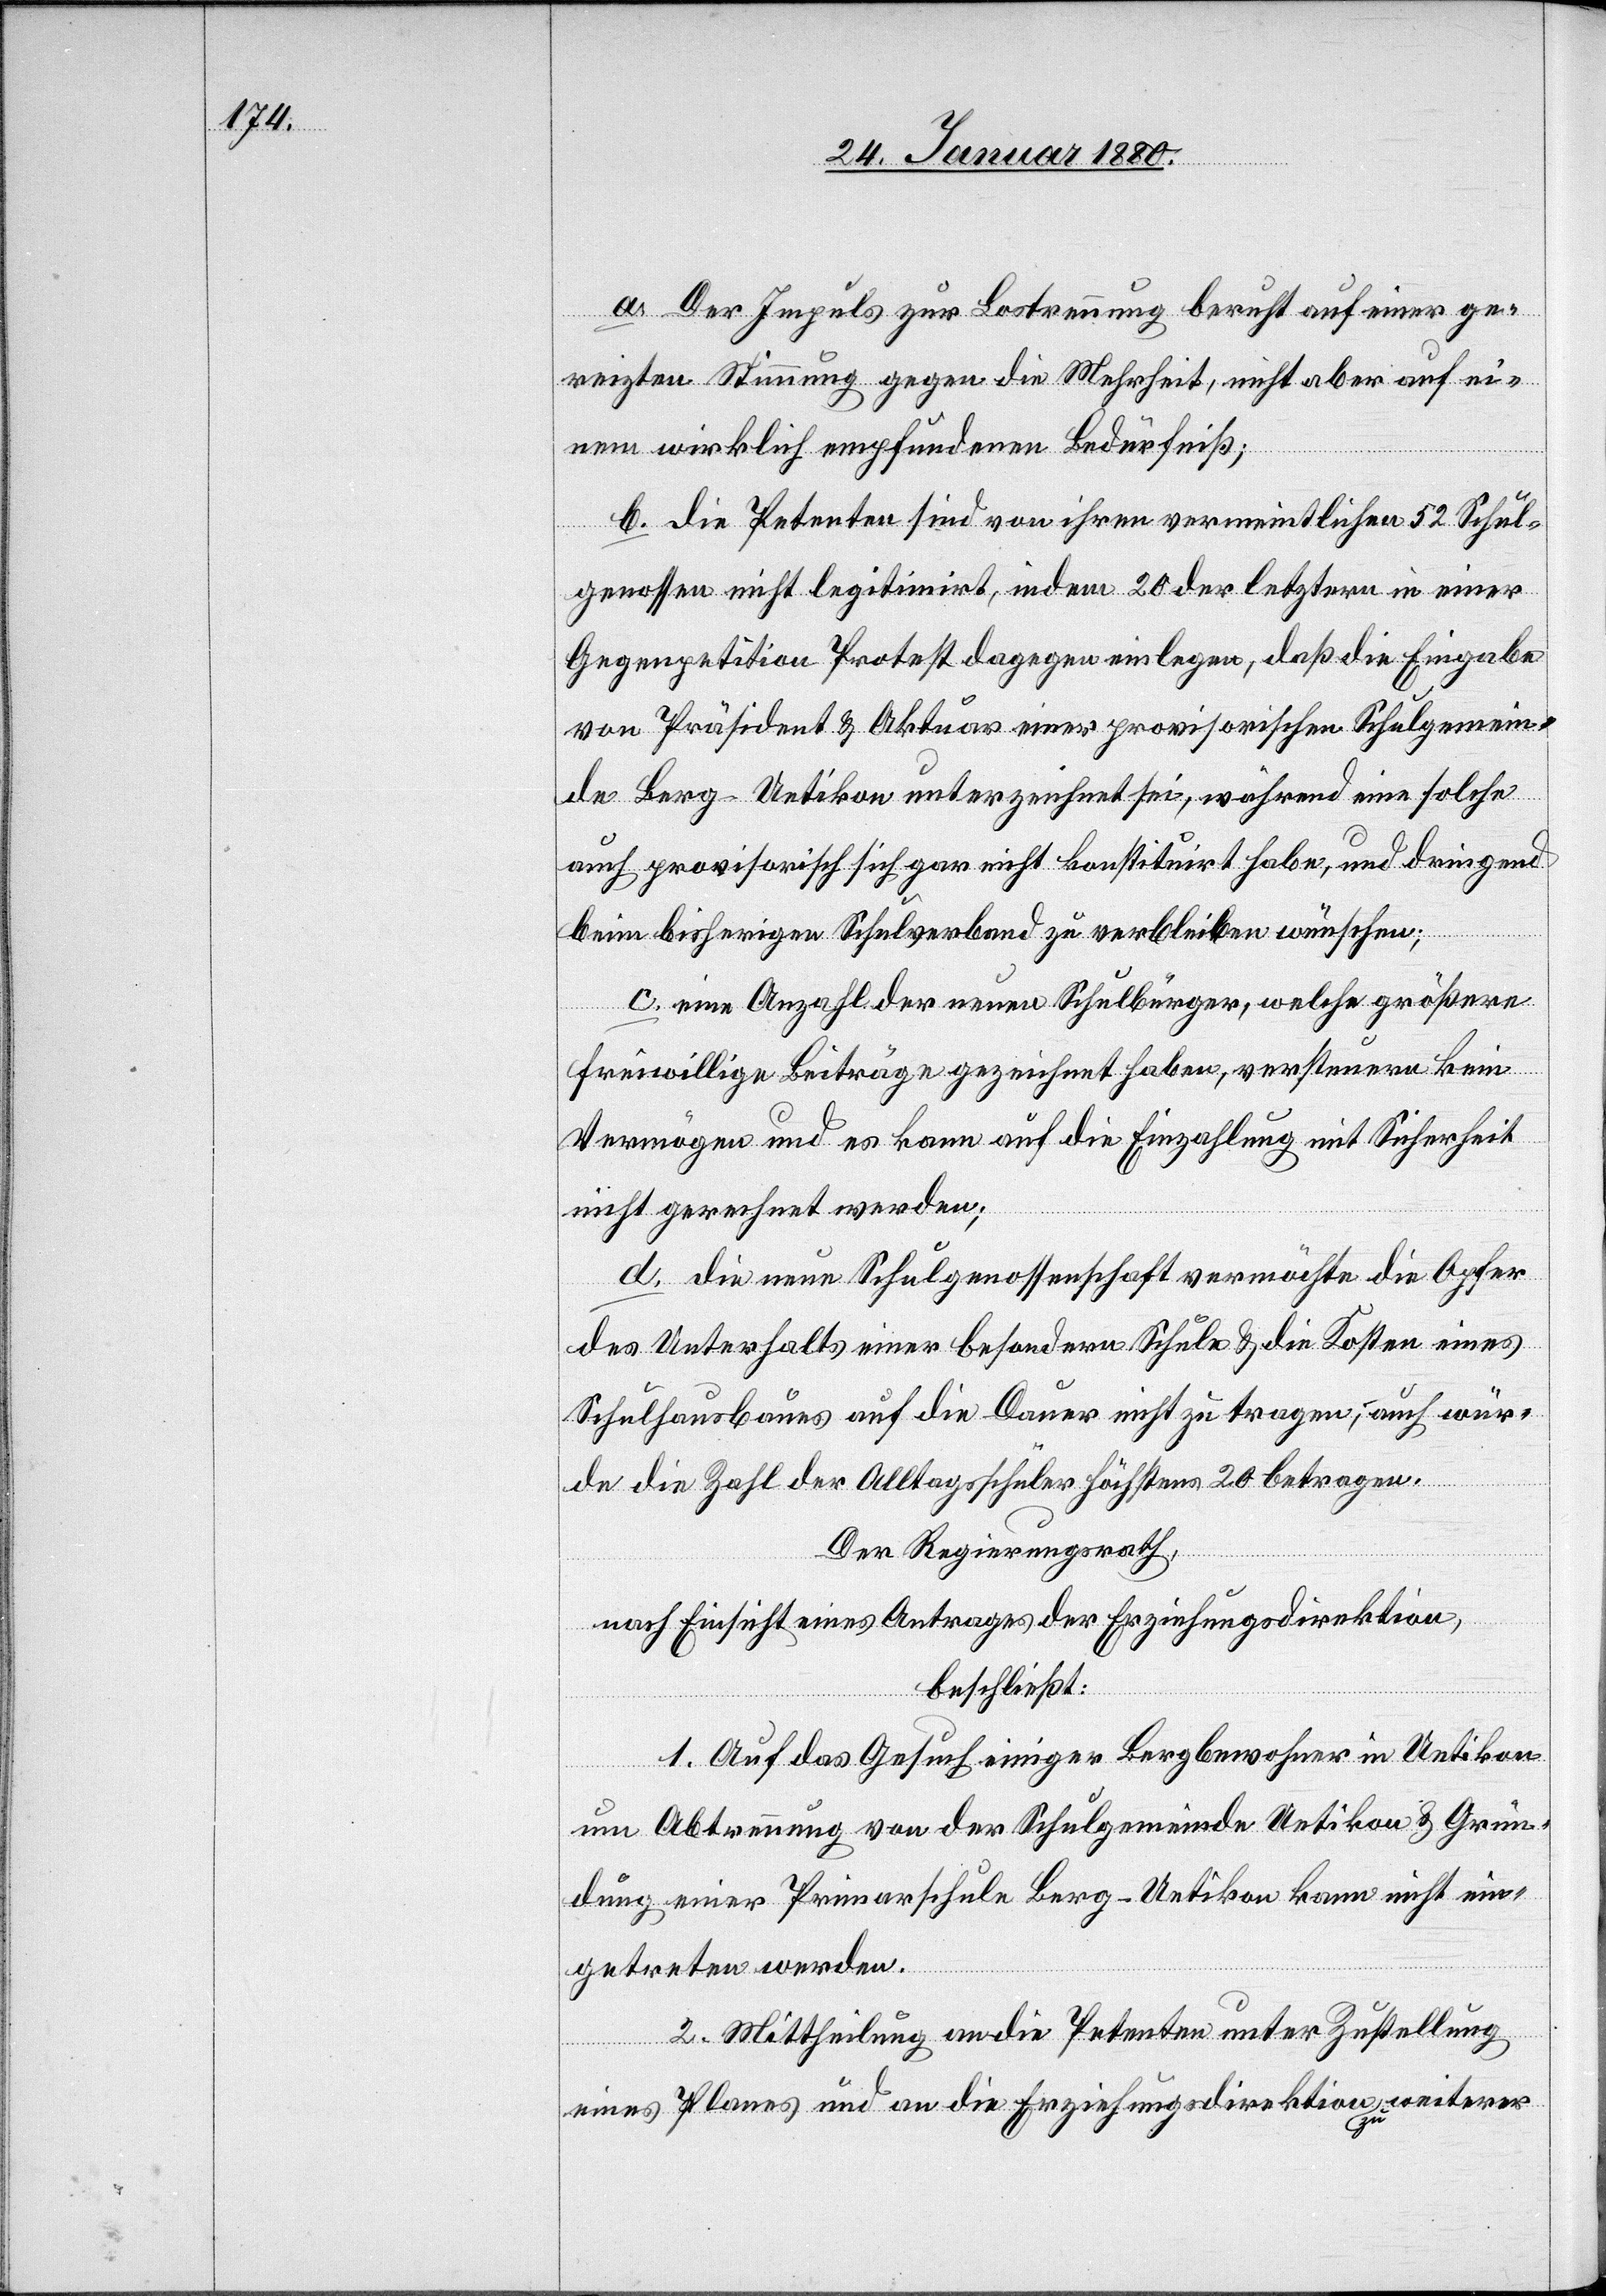
a. Der Impuls zur Lostrennung beruht auf einer ge¬
reizten Stimmung gegen die Mehrheit, nicht aber auf ei¬
nem wirklich empfundenen Bedürfniß;
b. Die Petenten sind von ihren vermeintlichen 52 Schul¬
genossen nicht legitimirt, indem 20 der letztern in einer
Gegenpetition Protest dagegen einlegen, daß die Eingabe
von Präsident & Aktuar einer provisorischen Schulgemein¬
de Berg - Uetikon unterzeichnet sei, während eine solche
auch provisorisch sich gar nicht konstituirt habe, und dringend
beim bisherigen Schulverband zu verbleiben wünschen;
c. eine Anzahl der neuen Schulbürger, welche größere
freiwillige Beiträge gezeichnet haben, versteuern kein
Vermögen und es kann auf die Einzahlung mit Sicherheit
nicht gerechnet werden;
d. die neue Schulgenossenschaft vermöchte die Opfer
des Unterhalts einer besondern Schule & die Kosten eines
Schulfonds auf die Dauer nicht zu tragen; auch wür¬
de die Zahl der Alltagsschüler höchstens 20 betragen.
Der Regierungsrath,
nach Einsicht eines Antrages der Erziehungsdirektion,
beschließt:
1. Auf das Gesuch einiger Bergbewohner in Uetikon
um Abtrennung von der Schulgemeinde Uetikon & Grün¬
dung einer Primarschule Berg - Uetikon kann nicht ein¬
getreten werden.
2. Mittheilung an die Petenten unter Zustellung
eines Planes und an die Erziehungsdirektion zu weiterer